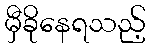
မှီခိုနေရသည့်